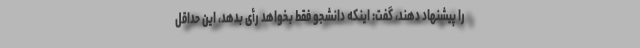
را پیشنهاد دهند، گفت: اینکه دانشجو فقط بخواهد رأی بدهد، این حداقل